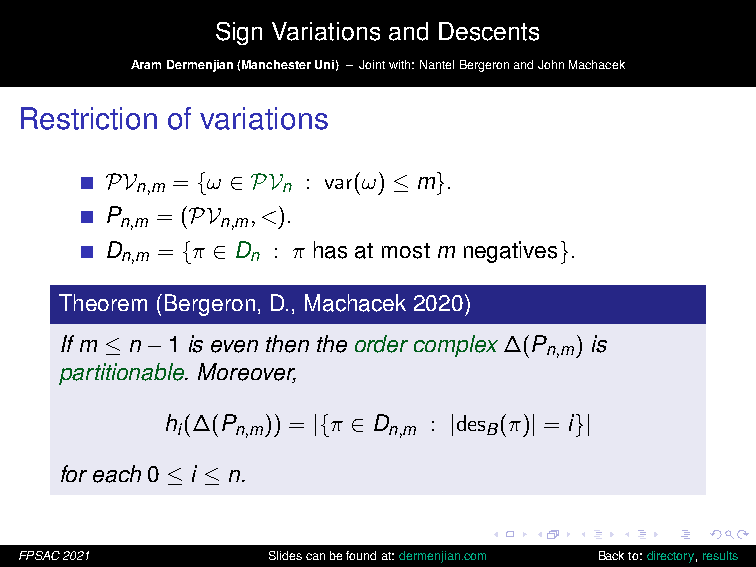
Sign Variations and Descents
 AramDermenjian(ManchesterUni) – Jointwith:NantelBergeronandJohnMachacek
 Restriction of variations
 PV  = {ω ∈ PV : var(ω) ≤ m}.
 n,m       n
 P  = (PV  ,<).
 n,m    n,m
 D  = {π ∈ D : π has at most m negatives}.
 n,m      n
 Theorem (Bergeron, D., Machacek 2020)
 If m ≤ n−1 is even then the order complex ∆(P ) is
 n,m
 partitionable. Moreover,
 h(∆(P  )) = |{π ∈ D : |des (π)| = i}|
 i   n,m       n,m   B
 for each 0 ≤ i ≤ n.
 FPSAC2021        Slidescanbefoundat:dermenjian.com Backto:directory,results